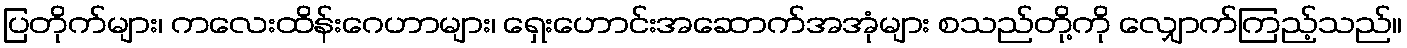
ပြတိုက်များ၊ ကလေးထိန်းဂေဟာများ၊ ရှေးဟောင်းအဆောက်အအုံများ စသည်တို့ကို လျှောက်ကြည့်သည်။